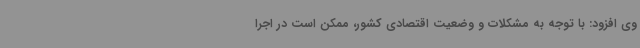
وی افزود: با توجه به مشکلات و وضعیت اقتصادی کشور، ممکن است در اجرا